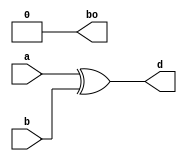
`timescale 1ns / 1ps
//////////////////////////////////////////////////////////////////////////////////
// Company: 
// Engineer: 
// 
// Design Name: 
// Module Name:    halfsub 
// Project Name: 
// Target Devices: 
// Tool versions: 
// Description: 
//
// Dependencies: 
//
// Revision: 
// Revision 0.01 - File Created
// Additional Comments: 
//
//////////////////////////////////////////////////////////////////////////////////
module halfsub(
    input a,b,
    output d,bo
    );
	 wire p;
	 assign p=~a;
	 assign d=a^b;
	 assign bo=a&p;
	 
	 


endmodule